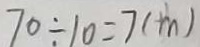
7 0 \div 1 0 = 7 ( m )